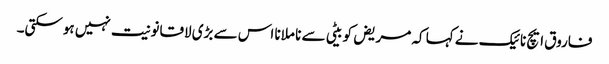
فاروق ایچ نائیک نے کہا کہ مریض کو بیٹی سے نا ملانا اس سے بڑی لاقانونیت نہیں ہوسکتی۔